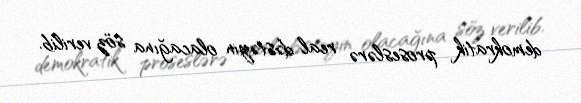
demokratik proseslərə real dəstəyin olacağına söz verilib.